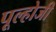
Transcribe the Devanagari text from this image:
पूल्होजी